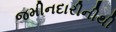
જમીનદારીનીથી